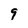
Character: 9